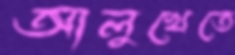
আলুখেতে